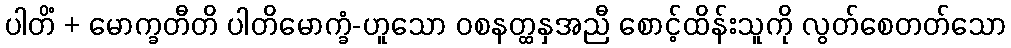
ပါတိံ + မောက္ခတီတိ ပါတိမောက္ခံ-ဟူသော ဝစနတ္ထနှအညီ စောင့်ထိန်းသူကို လွတ်စေတတ်သော